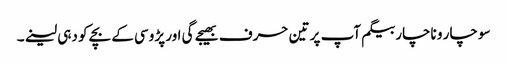
سو چار و ناچار بیگم آپ پر تین حرف بھیجے گی اور پڑوسی کے بچے کو دہی لینے۔